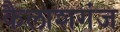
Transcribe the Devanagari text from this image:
कैलाशगंज